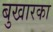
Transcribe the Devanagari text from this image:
बुखारका